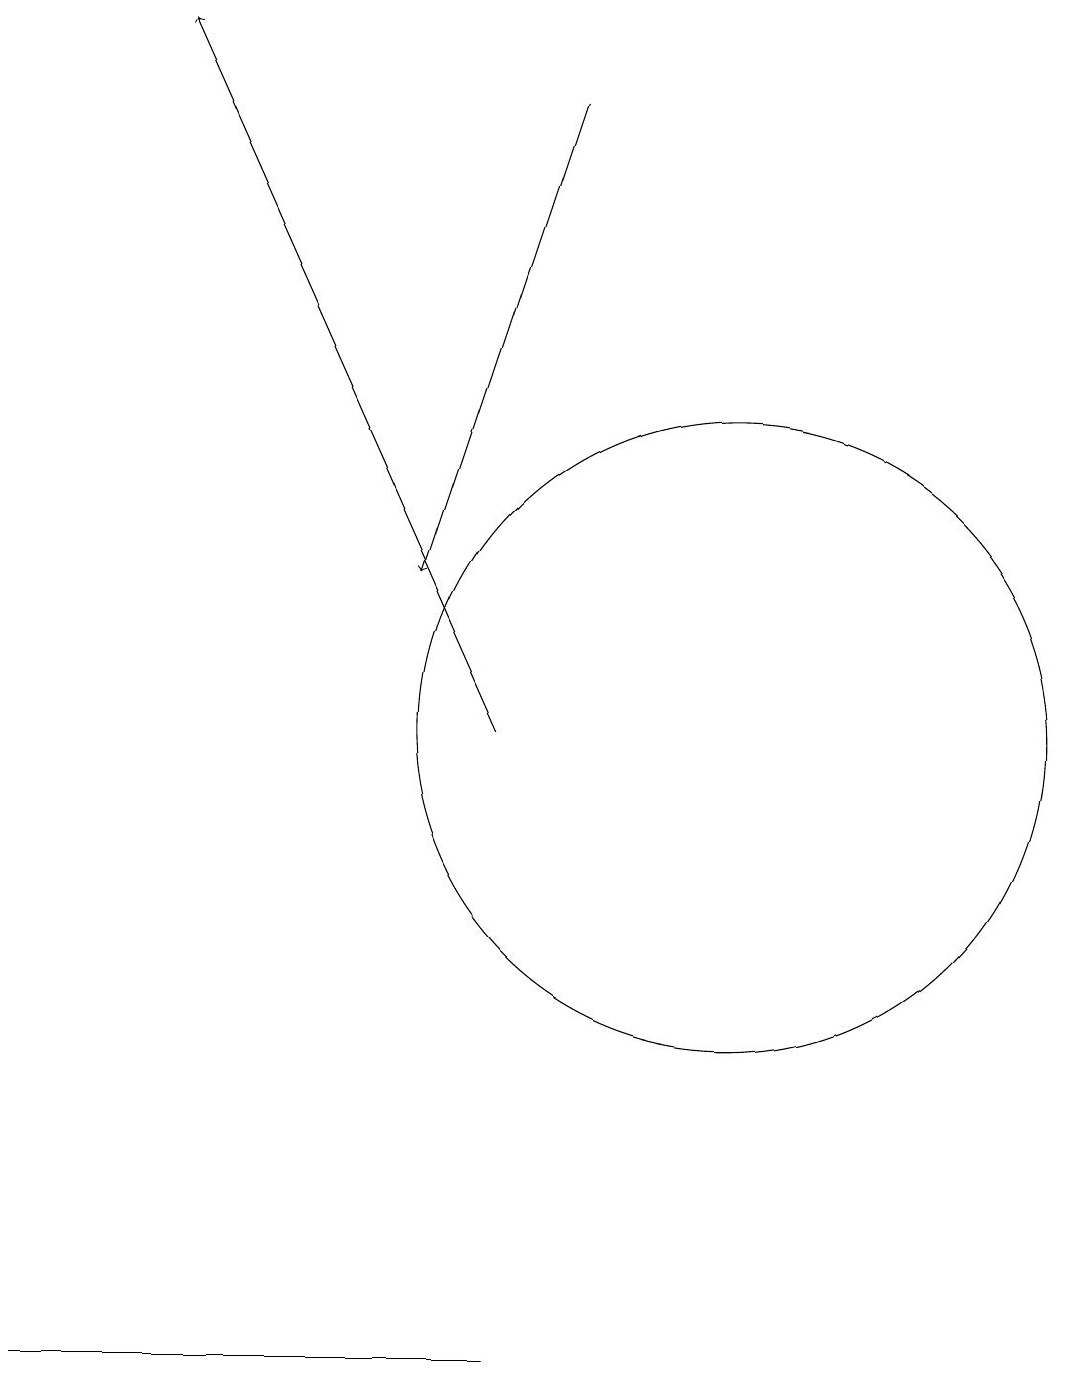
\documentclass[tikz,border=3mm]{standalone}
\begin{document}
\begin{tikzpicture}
\draw (12,10) circle (0);
\draw (11,10) circle (4);
\draw[->] (9,18) -- (7,12);
\draw[->] (8,10) -- (4,19);
\draw (4,2) -- (2,2) -- (8,2) -- cycle;
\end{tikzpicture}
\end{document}